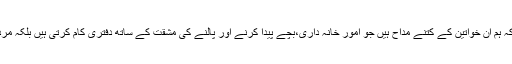
ذہن میں سوچ رکھی کہانی سنائی کہ ہم ان خواتین کے کتنے مداح ہیں جو امور خانہ داری،بچے پیدا کرنے اور پالنے کی مشقت کے ساتھ دفتری کام کرتی ہیں بلکہ مردوں کے مقابل بہت اچھا کرتی ہیں۔